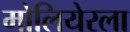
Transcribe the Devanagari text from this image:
मोलियेरला